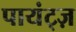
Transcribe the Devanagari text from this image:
पायंट्ज़